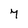
Character: 7